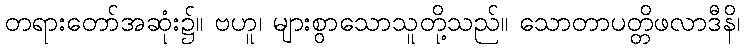
တရားတော်အဆုံး၌။ ဗဟူ၊ များစွာသောသူတို့သည်။ သောတာပတ္တိဖလာဒီနိ၊